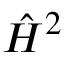
\hat { H } ^ { 2 }